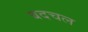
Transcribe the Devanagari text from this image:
बदचल